Medical and sanitary report of the native army of Bengal for the year
Year: 1878
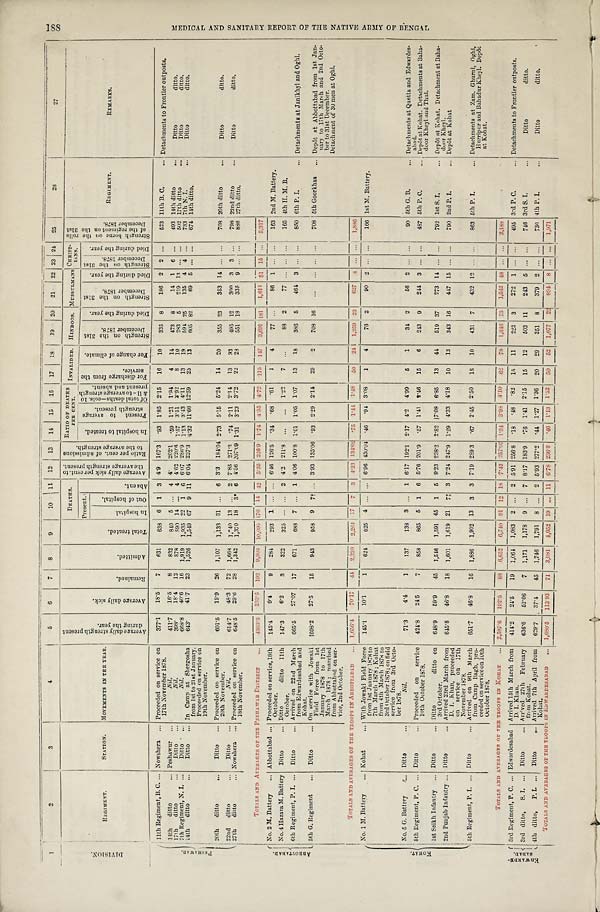
1
2
3
4
5
6
7
8
9
10
11 12
13
14
15
16
17
18
19
20
21
22 23 24
2 5
26
27
D I V I S I O N .
R E G I M E N T .
STATION.
MOVEMENTS IN THE YEAR.
A v e r a g e d a i l y s t r e n g t h p r e s e n t
d u r i n g t h e y e a r .
A v e r a g e d a i l y s i c k .
R e m a i n e d .
A d m i t t e d .
T o t a l t r e a t e d .
DEATHS.
A v e r a g e d a i l y s i c k p e r c e n t . t o
t h e a v e r a g e s t r e n g t h p r e s e n t . R a t i o p e r c e n t . o f a d m i s s i o n s
t o t h e a v e r a g e s t r e n g t h .
RATIO OF DEATHS
PER CENT.
INVALIDED. HINDOOS. MUSSULMANS CHRIST-
IANS.
S t r e n g t h b o r n e o n t h e r o l l s
o f t h e r e g i m e n t o n t h e 3 1 s t
De c e mb e r 1 8 7 8 .
REGIMENT.
R E M A R K S .
Present.
I n h o s p i t a l t o t r e a t e d .
P r e s e n t t o a v e r a g e
s t r e n g t h
p r e s e n t .
O f t o t a l d e a t h s — c o l s . 1 0
& 1 1 — t o a v e r a g e s t r e n g t h
p r e s e n t a n d a b s e n t .
F o r d i s c h a r g e f r o m t h e
s e r v i c e .
F o r c h a n g e o f c l i m a t e .
S t r e n g t h o n t h e 3 1 s t
D e c e m b e r 1 8 7 8 .
D i e d d u r i n g t h e y e a r .
S t r e n g t h o n t h e 3 1 s t
D e c e m b e r 1 8 7 8 .
D i e d d u r i n g t h e y e a r .
S t r e n g t h o n t h e 3 1 s t
D e c e m b e r 1 8 7 8 .
D i e d d u r i n g t h e y e a r .
I n h o s p i t a l .
O u t o f h o s p i t a l .
A b s e n t .
P E S H A W A R . 11th Regiment, B. C. ... Nowshera
... Proceeded on service on
17th November 1878.
377.1
18.5
7
631
6 3 8 6 1 3 4.9 167.3
. 9 3 1.85 2.15
16
10
335 8
186 2 2 ...
523 11th B. C.
... Detachments to Frontier outposts.
14th ditto
... Peshawur ...
Nil.
411.7
16.5
8
832
840 5 ... 4 4. 202.1
. 5 9 1.21 1.94
4
14
473 8
14 1 6 ...
493 14th ditto
...
Ditto
ditto.
17th ditto
...
Ditto
. . .
Nil.
398.
18.4
12
878
890 14 ... 4 4.62 220.6 1.57 3.51 3.92
8 10
283 5
219
1 3 ... ...
502 17th ditto.
...
Ditto
d i t t o .
7th Regiment, N. I. ...
Ditto . . .
Nil.
668.8
40.6
16
1,919 1,935 22 1 6 6.07 286.9 1.13 3.43 4.11
13
19
591
2 5
135 4 4 ...
733 7th N. I.
...
Ditto
d i t t o .
14th ditto
Ditto
... In Camp at Shergosha
from 1st to 21st January.
Proceeded on service on
19th November.
643.
41.7
23
1,526 1,549 67 9 11 6.04 237.3 4.32 11.66 12.59
25 13
605 82
69 5
. . . ...
674 14th ditto.
20th ditto
...
Ditto
... Proceeded on service on
20th November.
601.5
19.9
26 1,107
1,133 31 ... 6 3.3 184.04 2.73 5.15 5.24
14
20
355 23
353 14 ... ...
708 20th ditto
...
Ditto
ditto.
22nd ditto. . . . Ditto
...
N i l .
614.7
48.3
72 1,668 1,540 13 ... 2 7.85 271.3
.74 2.11 2.14
13
33
495 12
300 3 3 ...
798 22nd ditto
...
Ditto
ditto.
27th ditto
... Nowshera . . . Proceeded on service on
18th November.
648.5
29.6
28
1,342
1,370 18 3* 6 4.56 207.09 1.31 3.23 3.72
22
28
551
1 8
335 9 ... ...
886 27th ditto.
TOTALS AND AVERAGES OF THE PESHAWAR DISTRICT
...
4363.3
233.5 192
9, 903 10,095 176 14
4 2 5.35 226.9 1.74
4 . 3 5 4.72 115 147
3,691 181
1,611 51 15
...
5,317
A B B O T T A B A D . No. 2 M. Battery
... Abbottabad ... Proceeded on service, 18th
October.
145.4
9.4
9
284
293 1 ... ... 6.46 126.5
. 3 4 .68 .61
1
4
77 ...
86 1 ... ...
163 2nd M. Battery.
No. 4 Hazara M. Battery Ditto
... Ditto ditto 11th
October.
147.3
6.2
3
322
325 ...
. . . 2 4.2 211.8
. . . ...
1.22
7 ...
88 2
7 7
. . .
. . .
...
165 4th H. M. B.
6th Regiment, P. I. ... Ditto
... Arrived on 22nd March
from Edwardesabad and
Kohat.
665.5
27.07
17
671
688 7 ...
1 4.06 100.8 1.01 1.05 1.07
13
18
386 5
464 3 ... ...
850 6th P. I.
... Detachments at Janikhyl and Oghi.
5th G. Regiment
... Ditto
... On service with Jowaki
Field Force from 1st
January 1878 to 17th
March 1878 ; marched
from Abbottabad on ser-
vice, 2nd October.
1698.2
27.5
15
943
958 9 7† ... 3.93 135.06
. 9 3 2.29 2.14
29
2
708 16
...
. . .
. . .
...
708 5th Goorkhas
... Depôt at Abbottabad from 1st Jan-
uary to 17th March and 2nd Octo-
ber to 31st December.
Detachment of 30 men at Oghi.
TOTALS AND AVERAGES OF THE TROOPS IN ABBOTTABAD
... 1,656.4
70.17
4 4
2 , 2 2 0 2,26417 7
3
4. 23 134.02 .75 1.44 1.48
50
24 1,259 23
627
4 ... ...
1,8 8 6
K O H A T .
No. 1 M. Battery
... Kohat
... With Jowaki Field Force
from 1st January 1878 to
7th March 1878; Kohat
from 4th March 1878 to
3rd October 1878 ; on field
service from 3rd Octo-
ber 1878.
145.1
10.1
1
624 625 4
. . .
. . .
6.96 430.04
. 4 6 .94 3.08
1
4
76 2
90 2 ... ...
166 1st M. Battery.
No. 5 G. Battery
. . . Ditto
...
Nil.
71.3
4.4
1
137
138 3
. . . 1 6.17 192.1 2.17 4.2 4.99
5
1
34 2
56 2 ... ...
90 5th G. B.
... Detachments at Quetta and Edwardes-
abad.
5th Regiment, P. C. ... Ditto
... Proceeded on service
10th October 1878.
424.8
24.5
7
858
865 5 1 6 5.76 201.9
. 5 7 1.41 2.46
15
6
243 9
244 3 ... ...
487 5th P. C.
... Depôt at Kohat. Detachments at Baha-
door Kheyl and Thul.
1st Seikh Infantry ... Ditto
... Ditto ditto on
3rd October.
648.9
59. 9
45
1,546
1,591 45 1 5 9.23 238.2 2.82 7.08 6.85
13
44
519 37
273 14 . . . ...
792 1st S. I. ...
Depôt at Kohat. Detachment at Baha-
door Kheyl.
2nd Punjab Infantry
Ditto
... Arrived 23rd March from
D. 1. Khan, proceeded
on service on 17th
November 1878.
645.8
46.8
18 1,601
1,619 21 7‡ 3 7.24 247.9 1.29 4.33 4.18
10
13
343 16
447 15 ...
...
790 2nd P. I.
... Depôt at Kohat
5th Regiment, P. I. ... Ditto
... Arrived on 9th March
from Camp Bagh, pro-
ceeded on service on 10th
October 1878.
651.7
46.8
16 1,886
1,902 13 3 3 7.19 289.3
. 6 7 2.45 2.50
18 10
431 7
432 12 ...
...
863 5th P. I.
... Detachments at Zam. Ghurni, Oghi,
Hurripur and Bahadur Kheyl. Depôt
at Kohat.
TOTALS AND AVERAGE OF THE TROOPS IN KOHAT . . . 2,587.6
192.5
88 6,652
6 , 7 4 0
91 12 18 7.43 257.07 1.34
3 . 9 8 4.10
6 2
7 8 1,646 73 1,542 48
. . . ...
3,188
E D W A R D E -
S A B A D . 3rd Regiment, P. C. ... Edwardesabad Arrived 15th March from
D. I. Khan.
414.2
24.5
19 1,064
1,083 2 ... 2 5.91 256.8
. 1 8 .48
. 8 2 15
11
223 3
272 1 ... ...
495 3rd P. C.
... Detachments to Frontier outposts.
3rd ditto, S. I. ... Ditto
. . . Arrived 27th February
from Kohat.
636.6
52.06
7 1,171
1,178 9 ... 7 8.17 183.9
. 7 6 1.41 2.15
15
12
503 11
243 5 ... ...
746 3rd S. I.
...
Ditto
d i t t o .
4th ditto, P. I.
. . . Ditto
... Arrived 7th April from
Kohat.
629.7
37.4
45
1,746 1,791 8 ... 2 5.93 277.2
. 4 4 1.27 1.36
20
29
351 8
379 2 ... ...
730 4th P. I.
...
Ditto
ditto.
TOTALS AND AVERAGES OF THE TROOPS IN EDWARDESABAD
... 1,680.5
113.93
71
3,981
4,052 19 ... 11 6.78 236.8 .46 1.13 1.52
50
52 1,077
2 2
894 8
. . . ...
1,971
1 8 8 M E D I C A L A N D S A N I T A R Y R E P O R T O F T H E N A T I V E A R M Y O F B E N G A L .